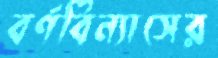
বর্ণবিন্যাসের